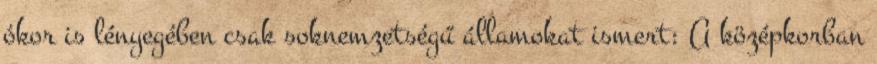
ókor is lényegében csak soknemzetségű államokat ismert: A középkorban